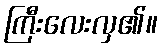
ကြီးလေးလှ၏။